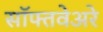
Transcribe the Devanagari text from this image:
सॉफ्तवेअरे